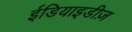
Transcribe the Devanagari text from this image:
ईडियाइडीज़